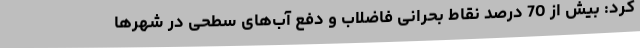
کرد: بیش از 70 درصد نقاط بحرانی فاضلاب و دفع آب‌های سطحی در شهرها